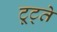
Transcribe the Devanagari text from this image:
टूट्ते